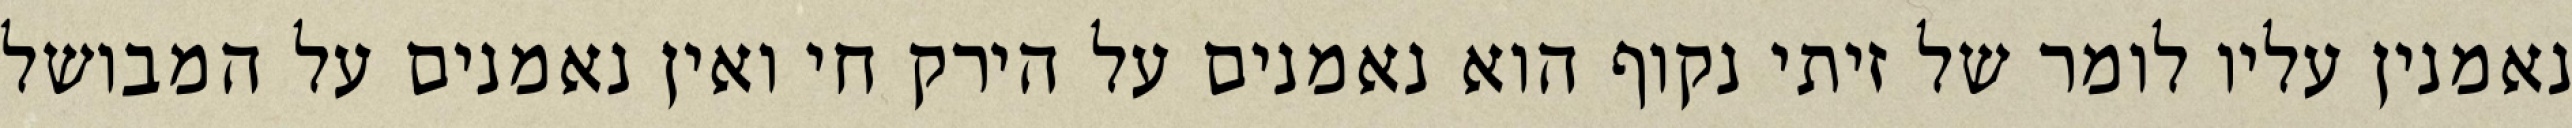
נאמנין עליו לומר של זיתי נקוף הוא נאמנים על הירק חי ואין נאמנים על המבושל